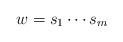
LaTeX: \begin{align*}w = s_1\cdots s_m\end{align*}